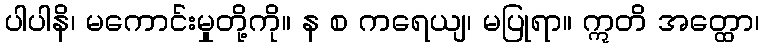
ပါပါနိ၊ မကောင်းမှုတို့ကို။ န စ ကရေယျ၊ မပြုရာ။ ဣတိ အတ္ထော၊